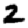
Digit: 2